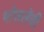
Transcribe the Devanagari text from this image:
भोसलेंची